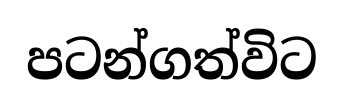
පටන්ගත්විට